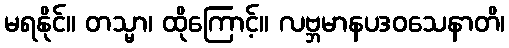
မရနိုင်။ တသ္မာ၊ ထိုကြောင့်။ လဗ္ဘမာနပဒဝသေနာတိ၊